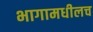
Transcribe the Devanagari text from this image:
भागामधीलच